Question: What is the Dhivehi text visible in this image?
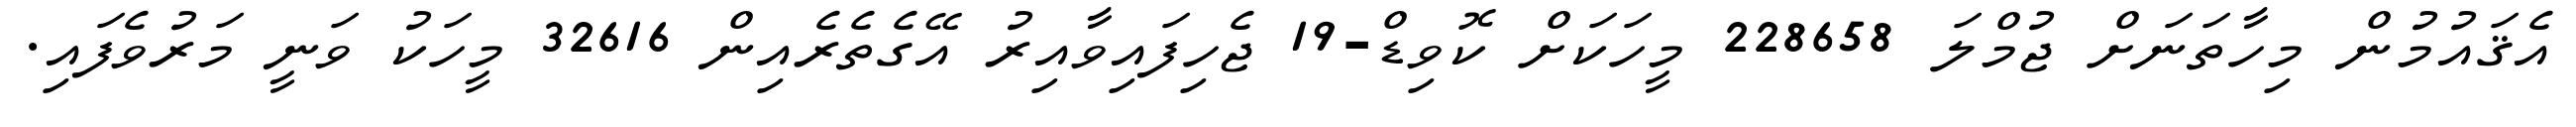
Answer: އެޤައުމުން މިހާތަނަށް ޖުމްލަ 228658 މީހަކަށް ކޮވިޑް-19 ޖެހިފައިވާއިރު އޭގެތެރެއިން 32616 މީހަކު ވަނީ މަރުވެފައި.